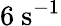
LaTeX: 6~\mathrm{{s}^{-1}}